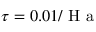
\tau = 0 . 0 1 / \textup { H a }